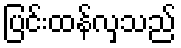
ပြင်းထန်လှသည်